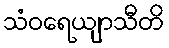
သံဝရေယျာသီတိ